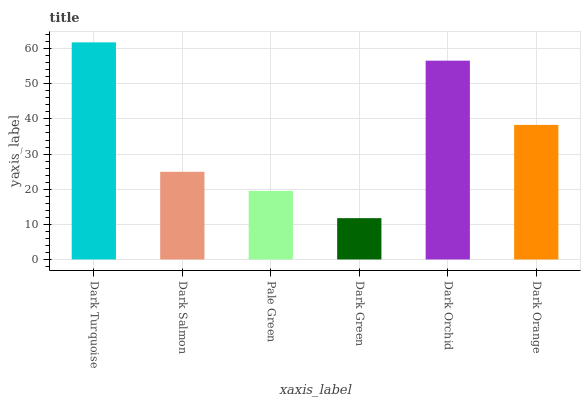
| xaxis_label | bars |
 | --- | --- |
 | Dark Turquoise | 61.8 |
 | Dark Salmon | 24.9 |
 | Pale Green | 19.5 |
 | Dark Green | 11.8 |
 | Dark Orchid | 56.6 |
 | Dark Orange | 38.3 |